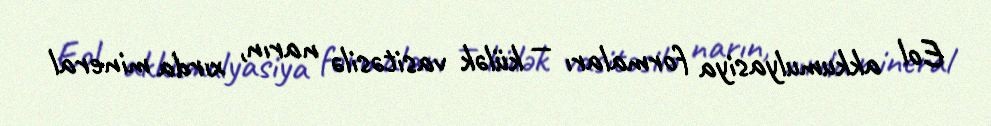
Eol akkumulyasiya formaları — külək vasitəsilə narın, xırda mineral